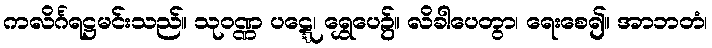
ကလိင်္ဂရဋ္ဌမင်းသည်။ သုဝဏ္ဏ ပဋ္ဋေ၊ ရွှေပေ၌။ လိခါပေတွာ၊ ရေးစေ၍။ အာဘတံ၊